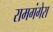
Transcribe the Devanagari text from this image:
रामगंगेरा